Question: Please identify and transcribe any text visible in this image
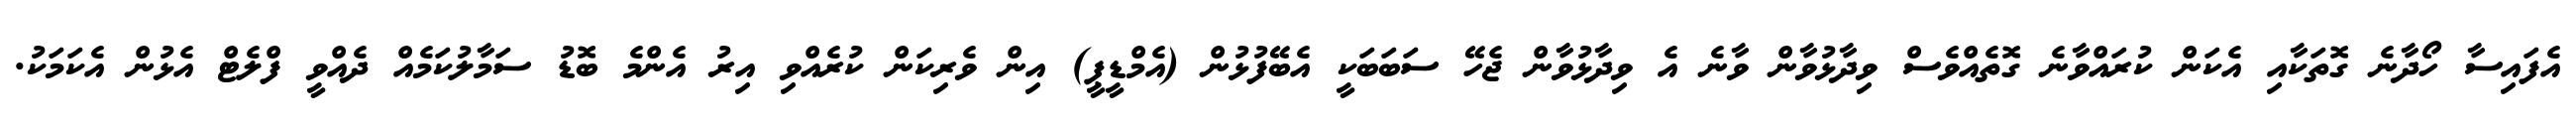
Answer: އެފައިސާ ހޯދާނެ ގޮތަކާއި އެކަން ކުރައްވާނެ ގޮތެއްވެސް ވިދާޅުވާން ވާނެ އެ ވިދާޅުވާން ޖެހޭ ސަބަބަކީ އެބޭފުޅުން (އެމްޑީޕީ) އިން ވެރިކަން ކުރެއްވި އިރު އެންމެ ބޮޑު ސަމާލުކަމެއް ދެއްވީ ފްލެޓް އެޅުން އެކަމަކު.